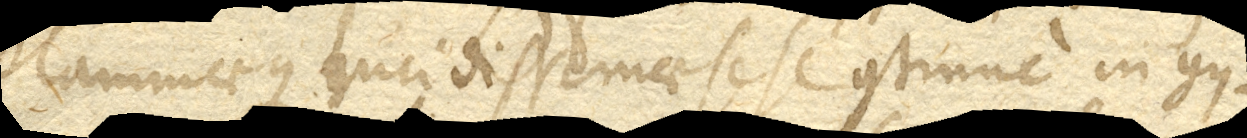
flammaeque lucidissimae sese continue in gy–